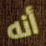
أنه